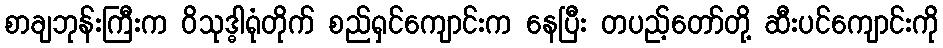
စာချဘုန်းကြီးက ဝိသုဒ္ဓါရုံတိုက် စည်ရှင်ကျောင်းက နေပြီး တပည့်တော်တို့ ဆီးပင်ကျောင်းကို